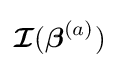
{\boldsymbol {\mathcal {I}}}({\boldsymbol {\beta }}^{(a)})